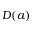
D ( a )